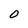
Character: O